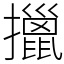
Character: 擸